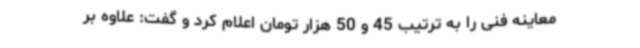
معاینه فنی را به ترتیب 45 و 50 هزار تومان اعلام کرد و گفت: علاوه بر